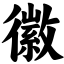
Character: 徽